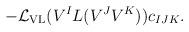
LaTeX: \begin{align*}-{\cal L}_{\rm VL}(V^IL(V^JV^K))c_{IJK}.\end{align*}